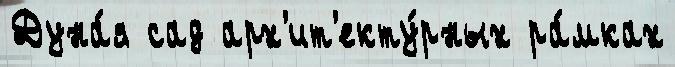
Дуна́я сад арх'ит'екту́рных ра́мках